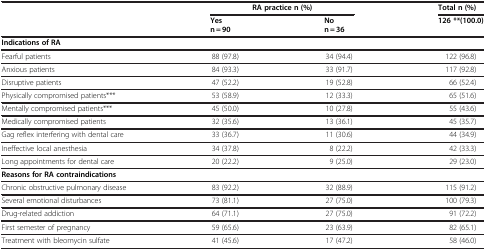
| <ROWSPAN=3>  | <COLSPAN=2> RA practice n (%) | Total n (%) |
 | Yes | No | 126 **(100.0) |
 | n = 90 | n = 36 |  |
 | --- | --- | --- | --- |
 | Indications of RA |  |  |  |
 | Fearful patients | 88 (97.8) | 34 (94.4) | 122 (96.8) |
 | Anxious patients | 84 (93.3) | 33 (91.7) | 117 (92.8) |
 | Disruptive patients | 47 (52.2) | 19 (52.8) | 66 (52.4) |
 | Physically compromised patients*** | 53 (58.9) | 12 (33.3) | 65 (51.6) |
 | Mentally compromised patients*** | 45 (50.0) | 10 (27.8) | 55 (43.6) |
 | Medically compromised patients | 32 (35.6) | 13 (36.1) | 45 (35.7) |
 | Gag reflex interfering with dental care | 33 (36.7) | 11 (30.6) | 44 (34.9) |
 | Ineffective local anesthesia | 34 (37.8) | 8 (22.2) | 42 (33.3) |
 | Long appointments for dental care | 20 (22.2) | 9 (25.0) | 29 (23.0) |
 | Reasons for RA contraindications |  |  |  |
 | Chronic obstructive pulmonary disease | 83 (92.2) | 32 (88.9) | 115 (91.2) |
 | Several emotional disturbances | 73 (81.1) | 27 (75.0) | 100 (79.3) |
 | Drug-related addiction | 64 (71.1) | 27 (75.0) | 91 (72.2) |
 | First semester of pregnancy | 59 (65.6) | 23 (63.9) | 82 (65.1) |
 | Treatment with bleomycin sulfate | 41 (45.6) | 17 (47.2) | 58 (46.0) |